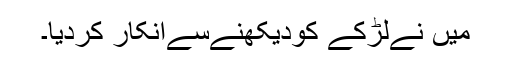
میں نےلڑکے کودیکھنےسےانکار کردیا۔